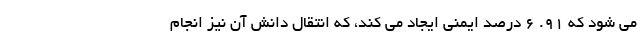
می شود که ۹۱. ۶ درصد ایمنی ایجاد می کند، که انتقال دانش آن نیز انجام